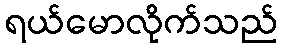
ရယ်မောလိုက်သည်